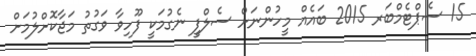
15 ސެޕްޓެމްބަރ 2015 ބައެއް މީހުންނަށް ސެލްފީ ނެގުމަކީ ފޫހިވާ ވަގުތު މަޖާކޮށްލުމަށް